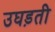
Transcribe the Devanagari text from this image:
उघड़ती